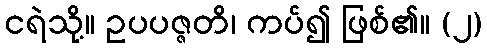
ငရဲသို့။ ဥပပဇ္ဇတိ၊ ကပ်၍ ဖြစ်၏။ (၂)